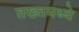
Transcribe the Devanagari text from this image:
तख्तमध्ये